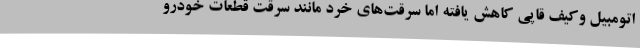
اتومبیل وکیف قاپی کاهش یافته اما سرقت‌های خرد مانند سرقت قطعات خودرو